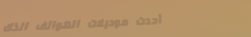
أحدث موديلات الهواتف الذك